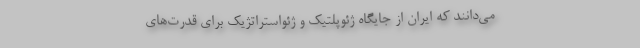
می‌دانند که ایران از جایگاه ژئوپلتیک و ژئواستراتژیک برای قدرت‌های